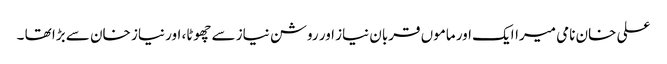
علی خان نامی میراایک اور ماموں قربان نیاز اور روشن نیاز سے چھوٹا، اور نیاز خان سے بڑا تھا ۔